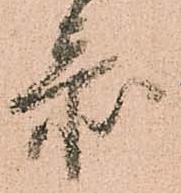
忝